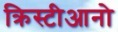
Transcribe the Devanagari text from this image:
क्रिस्टीआनो